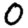
Digit: 0